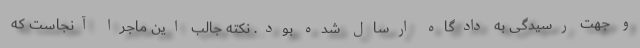
و جهت رسیدگی به دادگاه ارسال شده بود. نکته جالب این ماجرا آنجاست که